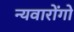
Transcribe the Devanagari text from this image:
न्यवारोंगो